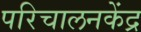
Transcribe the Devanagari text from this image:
परिचालनकेंद्र